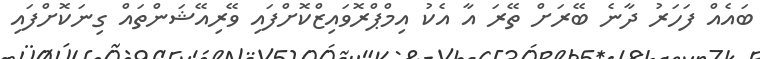
ބައެއް ފަހަރު ދާނެ ބޭރަށް ތޭރަ އާ އެކު އިމްޕްރޮވައިޒްކޮށްފައި ވޭރިއޭޝަންތައް ގިނަކޮށްފައި